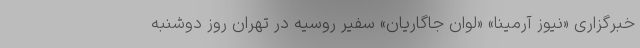
خبرگزاری «نیوز آرمینا» «لوان جاگاریان» سفیر روسیه در تهران روز دوشنبه